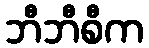
ဘီဘီစီက